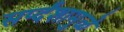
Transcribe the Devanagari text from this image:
सर्प्दंशामुळे